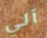
آلي